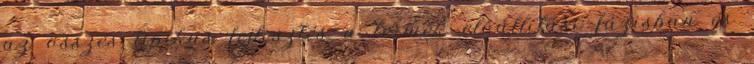
az összes tipikus fejlesztés a termék előállítási fázisban és